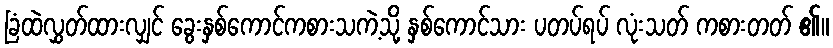
ခြံထဲလွှတ်ထားလျှင် ခွေးနှစ်ကောင်ကစားသကဲ့သို့ နှစ်ကောင်သား ပတပ်ရပ် လုံးသတ် ကစားတတ် ၏။